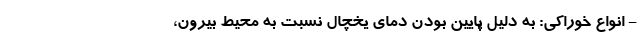
- انواع خوراکی: به دلیل پایین بودن دمای یخچال نسبت به محیط بیرون،